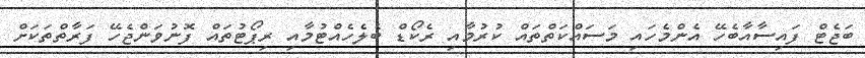
ބަޖެޓް ފައިސާއާބެހޭ އެންމެހައި މަސައްކަތްތައް ކުރުމާއި ރެކޯޑް ބެލެހެއްޓުމާއި ރިޕޯޓުތައް ފޮނުވަންޖެހޭ ފަރާތްތަކަށް